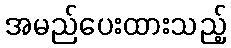
အမည်ပေးထားသည့်